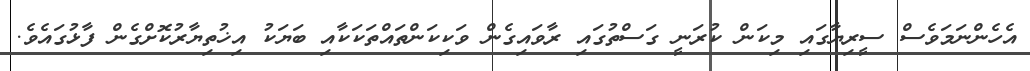
އެހެންނަމަވެސް ސީރިޔާގައި މިކަން ކުރަނީ ގަސްތުގައި ރާވައިގެން ވަކިކަންތައްތަކަކާއި ބަޔަކު އިޚުތިޔާރުކޮށްގެން ފާޅުގައެވެ.